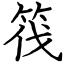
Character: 筏